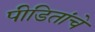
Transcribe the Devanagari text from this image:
पीडितांचे